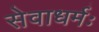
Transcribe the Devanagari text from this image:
सेवाधर्मः